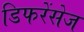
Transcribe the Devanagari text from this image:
डिफरेंसेज